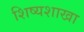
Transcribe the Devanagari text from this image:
शिष्यशाखा